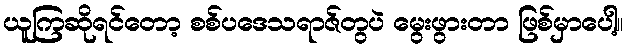
ယူကြဆိုရင်တော့ စစ်ပဒေသရာဇ်တွပဲ မွေးဖွားတာ ဖြစ်မှာပေါ့။